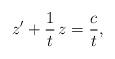
LaTeX: \begin{align*} z' + \frac{1}{t}\, z = \frac{c}{t},\end{align*}